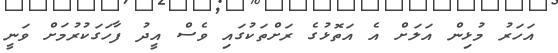
އަހަރު މުޅިން އަލަށް އެ އަތޮޅުގެ ރަށްތަކުގައި ވެސް އީދު ފާހަގަކުރުމަށް ވަނީ